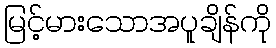
မြင့်မားသောအပူချိန်ကို